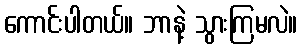
ကောင်းပါတယ်။ ဘာနဲ့ သွားကြမလဲ။